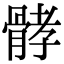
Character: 𩩉